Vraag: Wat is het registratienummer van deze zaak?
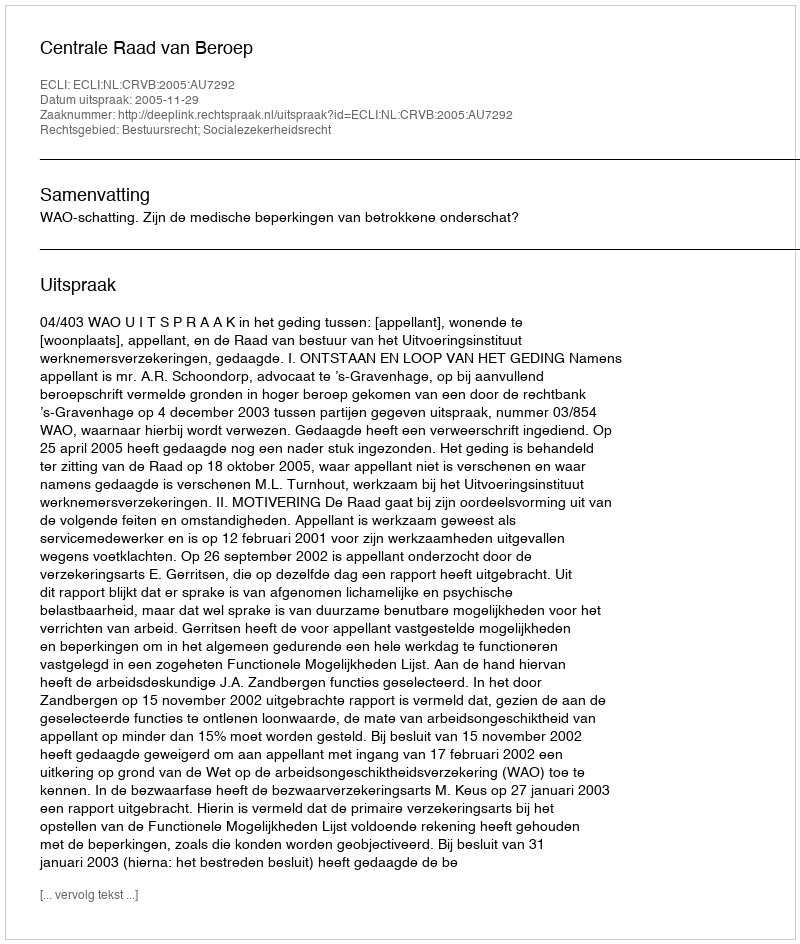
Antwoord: http://deeplink.rechtspraak.nl/uitspraak?id=ECLI:NL:CRVB:2005:AU7292